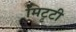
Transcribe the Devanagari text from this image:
मिटृटी